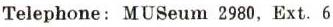
Telephone: MUSeum 2980, Ext. 6